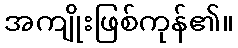
အကျိုးဖြစ်ကုန်၏။